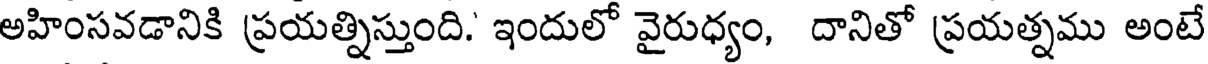
అహింసవడానికి ప్రయత్నిస్తుంది. ఇందులో వైరుధ్యం, దానితో ప్రయత్నము అంటే